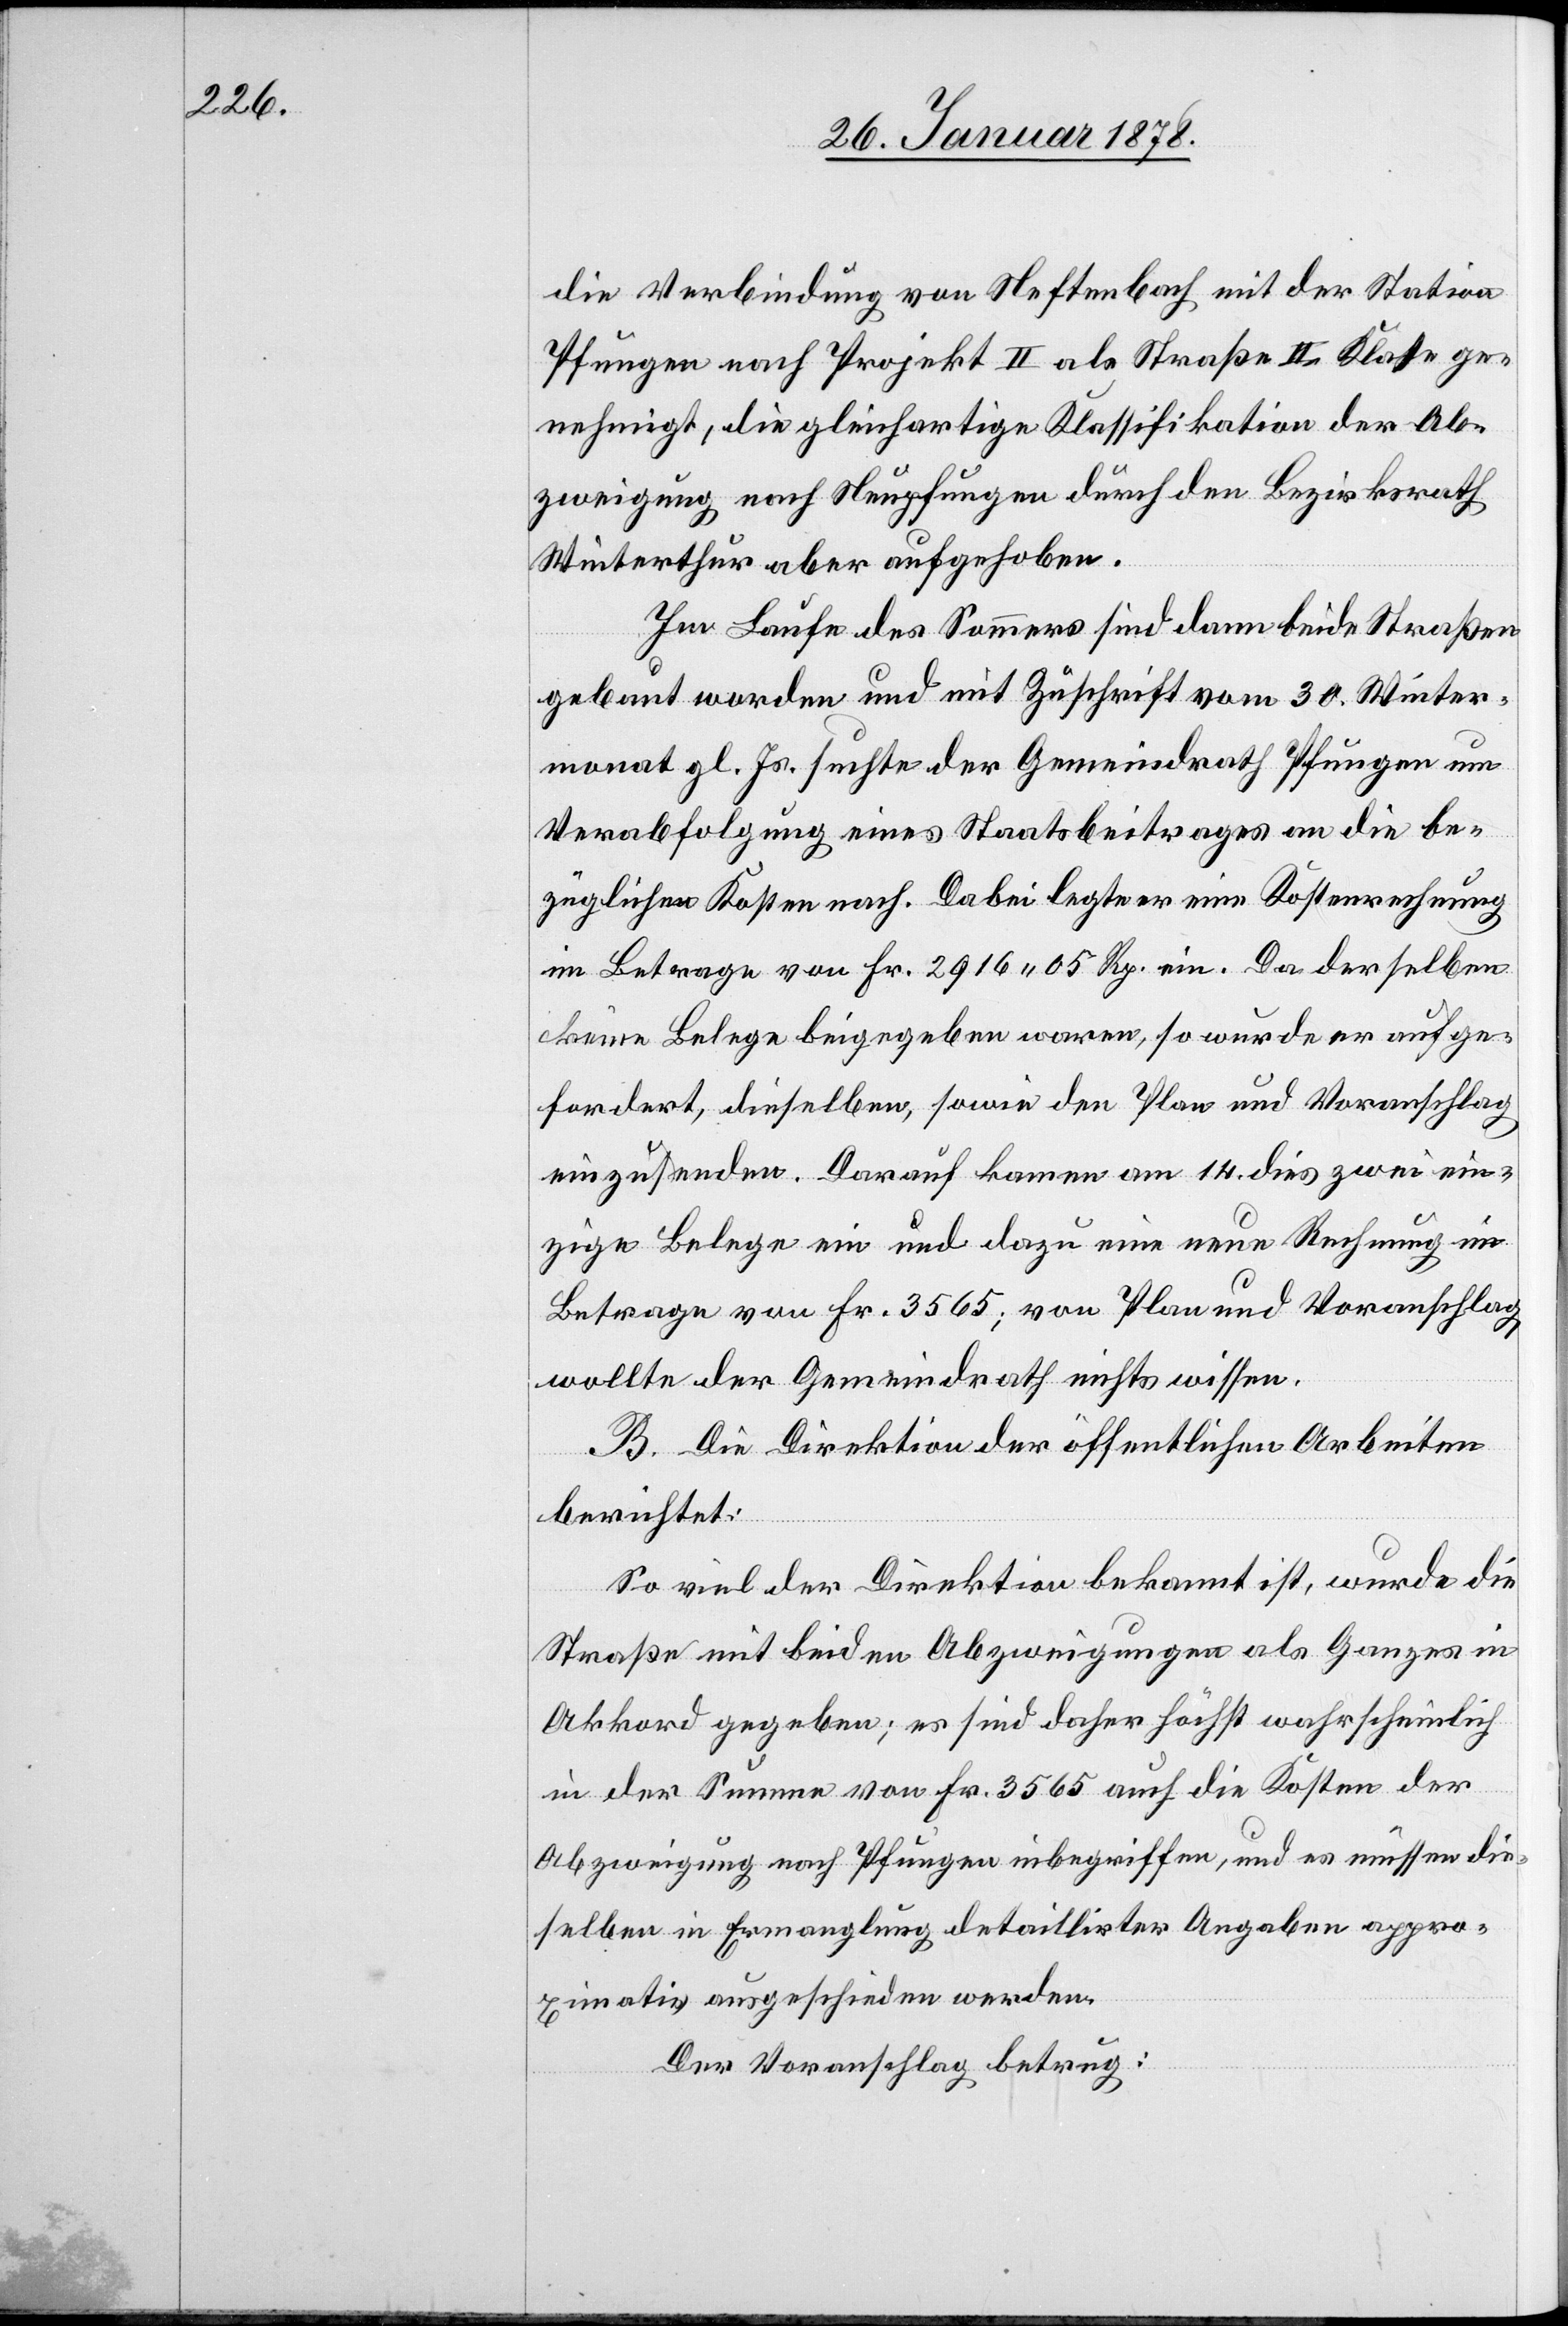
die Verbindung von Neftenbach mit der Station
Pfungen nach Projekt II als Straße II. Klasse ge¬
nehmigt, die gleichartige Klassifikation der Ab¬
zweigung nach Neupfungen durch den Bezirksrath
Winterthur aber aufgehoben.
Im Laufe des Sommers sind dann beide Straßen
gebaut worden und mit Zuschrift vom 30. Winter¬
monat gl. Js. suchte der Gemeindrath Pfungen um
Verabfolgung eines Staatsbeitrages an die be¬
züglichen Kosten nach. Dabei legte er eine Kostenrechnung
im Betrage von Fr. 2916. 05 Rp. ein. Da derselben
keine Belege beigegeben waren, so wurde er aufge¬
fordert, dieselben, sowie den Plan und Voranschlag
einzusenden. Darauf kamen am 14. dies zwei ein¬
zige Belege ein und dazu eine neue Rechnung im
Betrage von Fr. 3565, vom Plan und Voranschlag
wollte der Gemeindrath nichts wissen.
B. Die Direktion der öffentlichen Arbeiten
berichtet:
So viel der Direktion bekannt ist, wurde die
Straße mit beiden Abzweigungen als Ganzes in
Akkord gegeben; es sind daher höchst wahrscheinlich
in der Summe von Fr. 3565 auch die Kosten der
Abzweigung nach Pfungen inbegriffen, und es müssen die¬
selben in Ermanglung detaillirter Angaben appro¬
ximativ ausgeschieden werden
Der Voranschlag betrug: